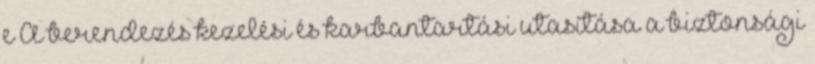
e A berendezés kezelési és karbantartási utasítása a biztonsági